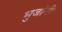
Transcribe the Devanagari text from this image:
भुजांनी